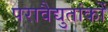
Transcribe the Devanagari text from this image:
परावैद्युतांकों